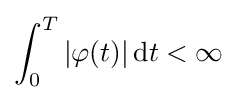
\int _{0}^{T}|\varphi (t)|\,\mathrm {d} t<\infty